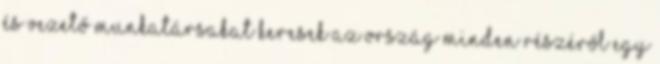
és vezető munkatársakat keresek az ország minden részéről egy